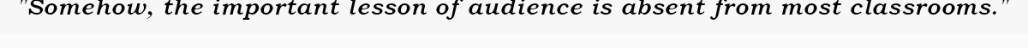
"Somehow, the important lesson of audience is absent from most classrooms."